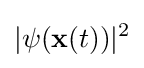
|\psi (\mathbf {x} (t))|^{2}